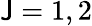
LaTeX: \mathsf{J}=1,2